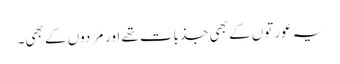
یہ عورتوں کے بھی جذبات تھے اور مَردوں کے بھی۔